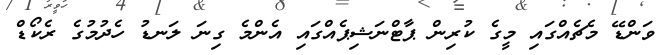
ވަންޑޭ މެެޗެއްގައި މީގެ ކުރިން ޕާޓްނަޝިޕެއްގައި އެންމެ ގިނަ ލަނޑު ހެދުމުގެ ރެކޯޑް